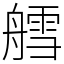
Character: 艝